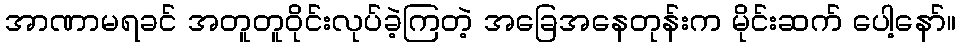
အာဏာမရခင် အတူတူဝိုင်းလုပ်ခဲ့ကြတဲ့ အခြေအနေတုန်းက မိုင်းဆက် ပေါ့နော်။